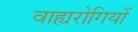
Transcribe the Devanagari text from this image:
वाह्यरोगियों